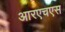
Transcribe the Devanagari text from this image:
आरएचएस